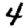
Digit: 4